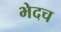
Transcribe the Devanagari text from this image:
भेदच